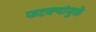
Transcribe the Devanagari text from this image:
फटक्यांमुळे